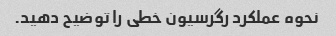
نحوه عملکرد رگرسیون خطی را توضیح دهید.